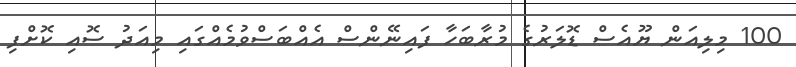
100 މިލިއަން ޔޫއެސް ޑޮލަރުގެ މުރާބަހާ ފައިނޭންސް އެއްބަސްވުމެއްގައި މިއަދު ސޮއި ކޮށްފި